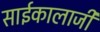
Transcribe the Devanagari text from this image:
साईकालाजी